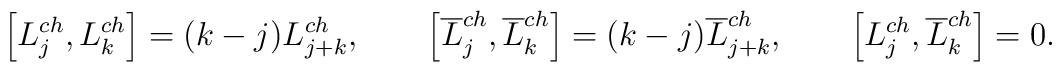
\left[L_j^{ch},L_k^{ch}\right]=(k-j)L_{j+k}^{ch}, \qquad \left[\overline L_j^{ch},\overline L_k^{ch}\right]=(k-j)\overline L_{j+k}^{ch},\qquad\left[L_j^{ch},\overline L_k^{ch}\right]=0.